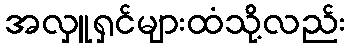
အလှူရှင်များထံသို့လည်း